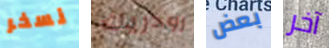
نسخر رودريك بعض آخر